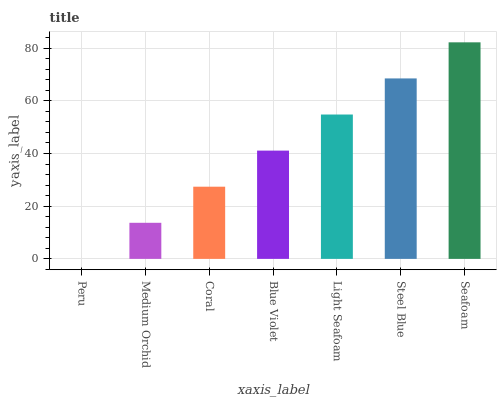
| xaxis_label | bars |
 | --- | --- |
 | Peru | 0 |
 | Medium Orchid | 13.7 |
 | Coral | 27.4 |
 | Blue Violet | 41.1 |
 | Light Seafoam | 54.8 |
 | Steel Blue | 68.5 |
 | Seafoam | 82.2 |